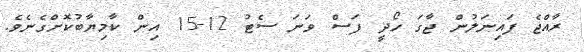
ރާއްޖެ ފައިނަލުން ޖާގަ ހޯދީ ފަސް ވަނަ ސެޓު 12-15 އިން ކާމިޔާބުކޮށްގެނެވެ.